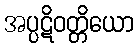
အပ္ပဋိဝတ္တိယော